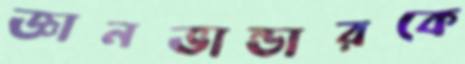
জ্ঞানভান্ডারকে